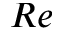
R e